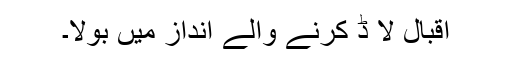
اقبال لا ڈ کرنے والے انداز میں بولا۔